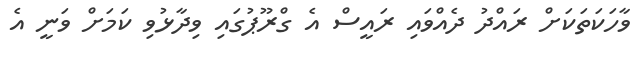
ވާހަކަތަކަށް ރައްދު ދެއްވައި ރައީސް އެ ގްރޫޕުގައި ވިދާޅުވި ކަމަށް ވަނީ އެ